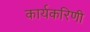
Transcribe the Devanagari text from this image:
कार्यकरिणी